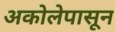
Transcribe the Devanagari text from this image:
अकोलेपासून